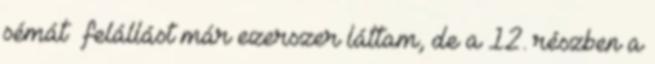
sémát felállást már ezerszer láttam, de a 12. részben a